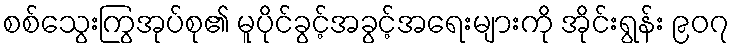
စစ်သွေးကြွအုပ်စု၏ မူပိုင်ခွင့်အခွင့်အရေးများကို အိုင်းရွန်း ၉၀၇